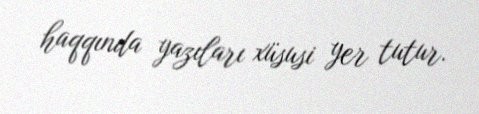
haqqında yazıları xüsusi yer tutur.